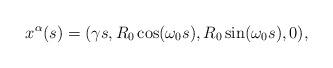
LaTeX: \begin{align*} x^{\alpha}(s)= (\gamma s, R_{0}\cos (\omega _{0}s), R_{0}\sin (\omega _{0}s), 0),\end{align*}